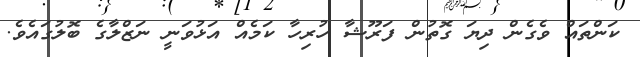
ކަންތައް ވެގެން ދިޔަ ގޮތުން ފަރޫޝާ ހުރިހާ ކަމެއް އަޅުވަނީ ނަޒްލާގެ ބޮލުގައެވެ.